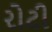
રોટી